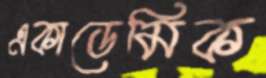
একাডেমিক